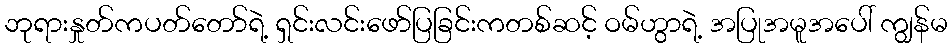
ဘုရားနှုတ်ကပတ်တော်ရဲ့ ရှင်းလင်းဖော်ပြခြင်းကတစ်ဆင့် ဝမ်ဟွာရဲ့ အပြုအမူအပေါ် ကျွန်မ